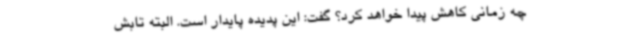
چه زمانی کاهش پیدا خواهد کرد؟ گفت: این پدیده پایدار است. البته تابش